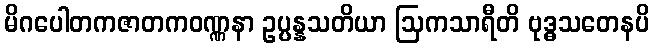
မိဂပေါတကဇာတကဝဏ္ဏနာ ဥပ္ပန္နသတိယာ ဩကသာရီတိ ဗုဒ္ဓသတေနပိ